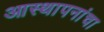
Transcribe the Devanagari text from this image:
आस्थापनांचा